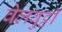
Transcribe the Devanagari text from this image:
वेलवुट्टी